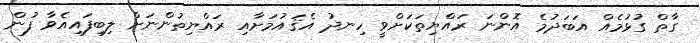
ގާތް ގުޅުމެއް އަބަދުމެ އޮންނަ ރައްޔިތަކަށްވީ ހިނދު އެޤައުމަށާއި ރައްޔިތުންނަށް ލިބިފައިއެވާ ފުން